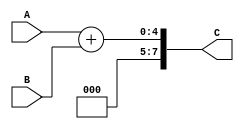
module verilogadder(A,B,C);
input [3:0] A, B;
output [7:0] C;

assign C = A+B;//{1'b000, (A + B)};

endmodule